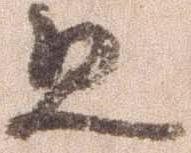
且